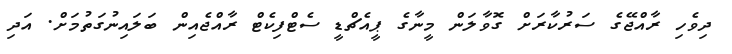
ދިވެހި ރާއްޖޭގެ ސަރުކާރަށް ގޮވާލަން މީނާގެ ޕީއެޗްޑީ ސެޓްފިކެޓް ރާއްޖެއިން ބަލައިނުގަތުމަށް. އަދި